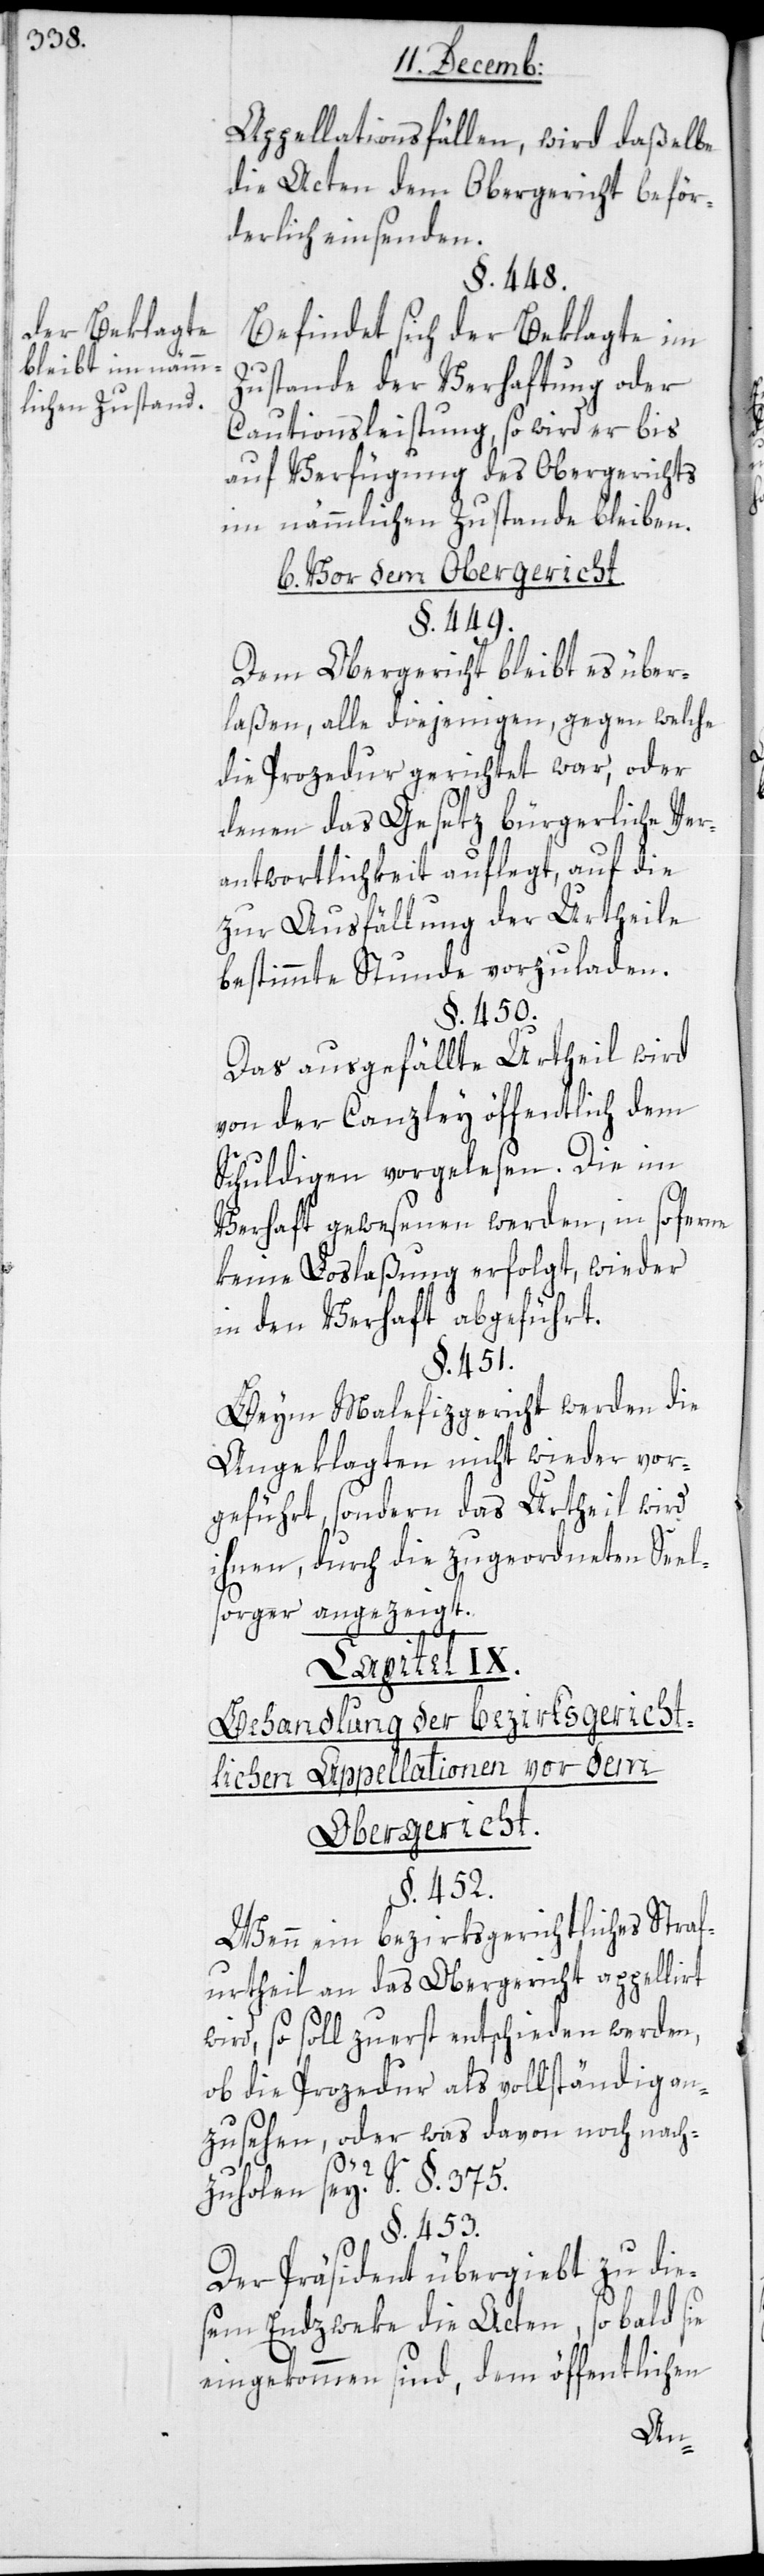
Der Beklagte
bleibt im nämm¬
lichen Zustand.

Appellationsfällen wird daßelbe
die Acten dem Obergericht beför¬
derlich einsenden.
§. 448.
Befindet sich der Beklagte im
Zustande der Verhaftung oder
Cautionsleistung, so wird er bis
auf Verfügung des Obergerichts
im nämmlichen Zustande bleiben.
b. Vor dem Obergericht.
§. 449.
Dem Obergericht bleibt es über¬
laßen, alle diejenigen, gegen welche
die Prozedur gerichtet war, oder
denen das Gesetz bürgerliche Ver¬
antwortlichkeit auflegt, auf die
zur Ausfällung der Urtheile
bestimmte Stunde vorzuladen.
§. 450.
Das ausgefällte Urtheil wird
von der Canzley öffentlich dem
Schuldigen vorgelesen. Die im
Verhaft Gewesenen werden, in so ferne
keine Loslaßung erfolgt, wieder
in den Verhaft abgeführt.
§. 451.
Beym Malefizgericht werden die
Angeklagten nicht wieder vor¬
geführt, sondern das Urtheil wird
ihnen, durch die zugeordneten Seel¬
sorger angezeigt.
Capitel IX.
Behandlung der bezirksgericht¬
lichen Appellation vor dem
Obergericht.
§. 452.
Wenn ein bezirksgerichtliches Straf¬
urtheil an das Obergericht appelliert
wird, so soll zuerst entschieden werden,
ob die Prozedur als vollständig an¬
zusehen, oder was davon noch nach¬
zuholen sei? S. §. 375.
§. 453.
Der Präsident übergiebt zu dies¬
em Endzweke die Acten, sobald sie
eingekommen sind, dem öffentlichen